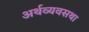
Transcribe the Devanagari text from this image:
अर्थव्यवसथा